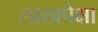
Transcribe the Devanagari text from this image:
लाखपेक्षा